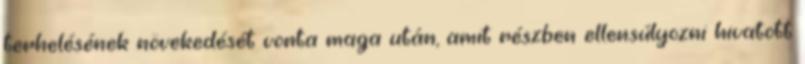
terhelésének növekedését vonta maga után, amit részben ellensúlyozni hivatott